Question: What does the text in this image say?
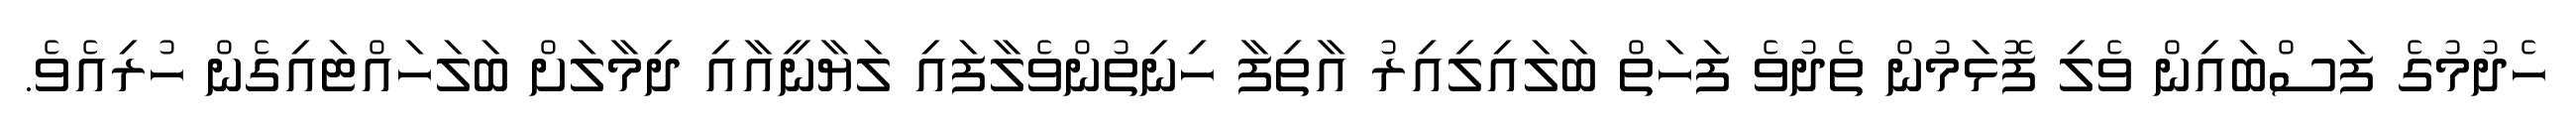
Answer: ހެދުމުގެ ފަސްބައިން ވެލި ފޮޅަމުން ތެދުވެ ފަހަތް ބަލައިލިއިރު އާތިފާ ހިނިތުންވެލާފައި ލަޔާނީއާއި ދިމާލަށް ބަލަހައްޓައިގެން ހުރިއެވެ.